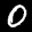
Label: 0